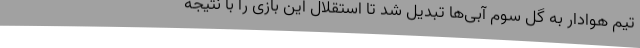
تیم هوادار به گل سوم آبی‌ها تبدیل شد تا استقلال این بازی را با نتیجه